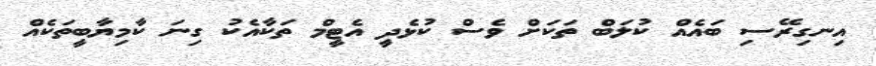
އިނގިރޭސި ބައެއް ކުލަބް ތަކަށް ވެސް ކުޅެދީ އެޓީމް ތަކާއެކު ގިނަ ކާމިޔާބީތަކެއް